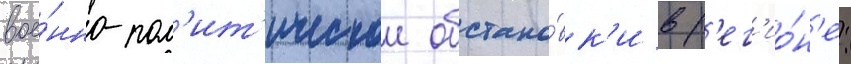
вое́нно-пол'ит'ическои обстано́вк'и в р'ег'ио́н'е: